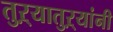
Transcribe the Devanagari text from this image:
तुऱ्यातुऱ्यांनी